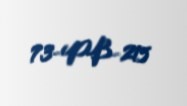
73-PB-215